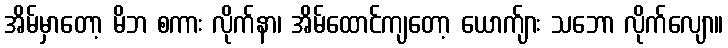
အိမ်မှာတော့ မိဘ စကား လိုက်နာ၊ အိမ်ထောင်ကျတော့ ယောက်ျား သဘော လိုက်လျော။